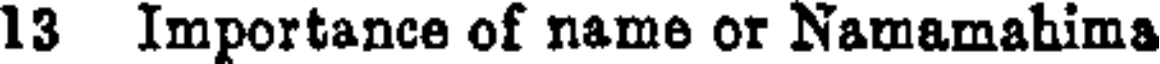
13 Importance of name or Namamahima